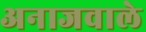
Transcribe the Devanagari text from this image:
अनाजवाले